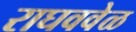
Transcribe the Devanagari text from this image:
राघववेळ